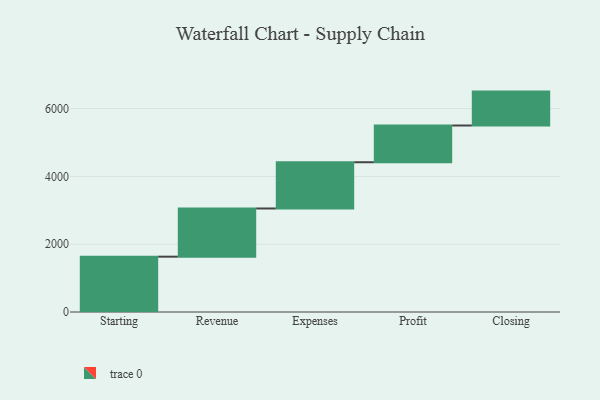
{"axis": {"x": "Step", "y": "Value"}, "legend": [""], "data": [{"x": "Starting", "y": 1632.0, "type": ""}, {"x": "Revenue", "y": 1422.0, "type": ""}, {"x": "Expenses", "y": 1364.0, "type": ""}, {"x": "Profit", "y": 1084.0, "type": ""}, {"x": "Closing", "y": 1000, "type": ""}]}